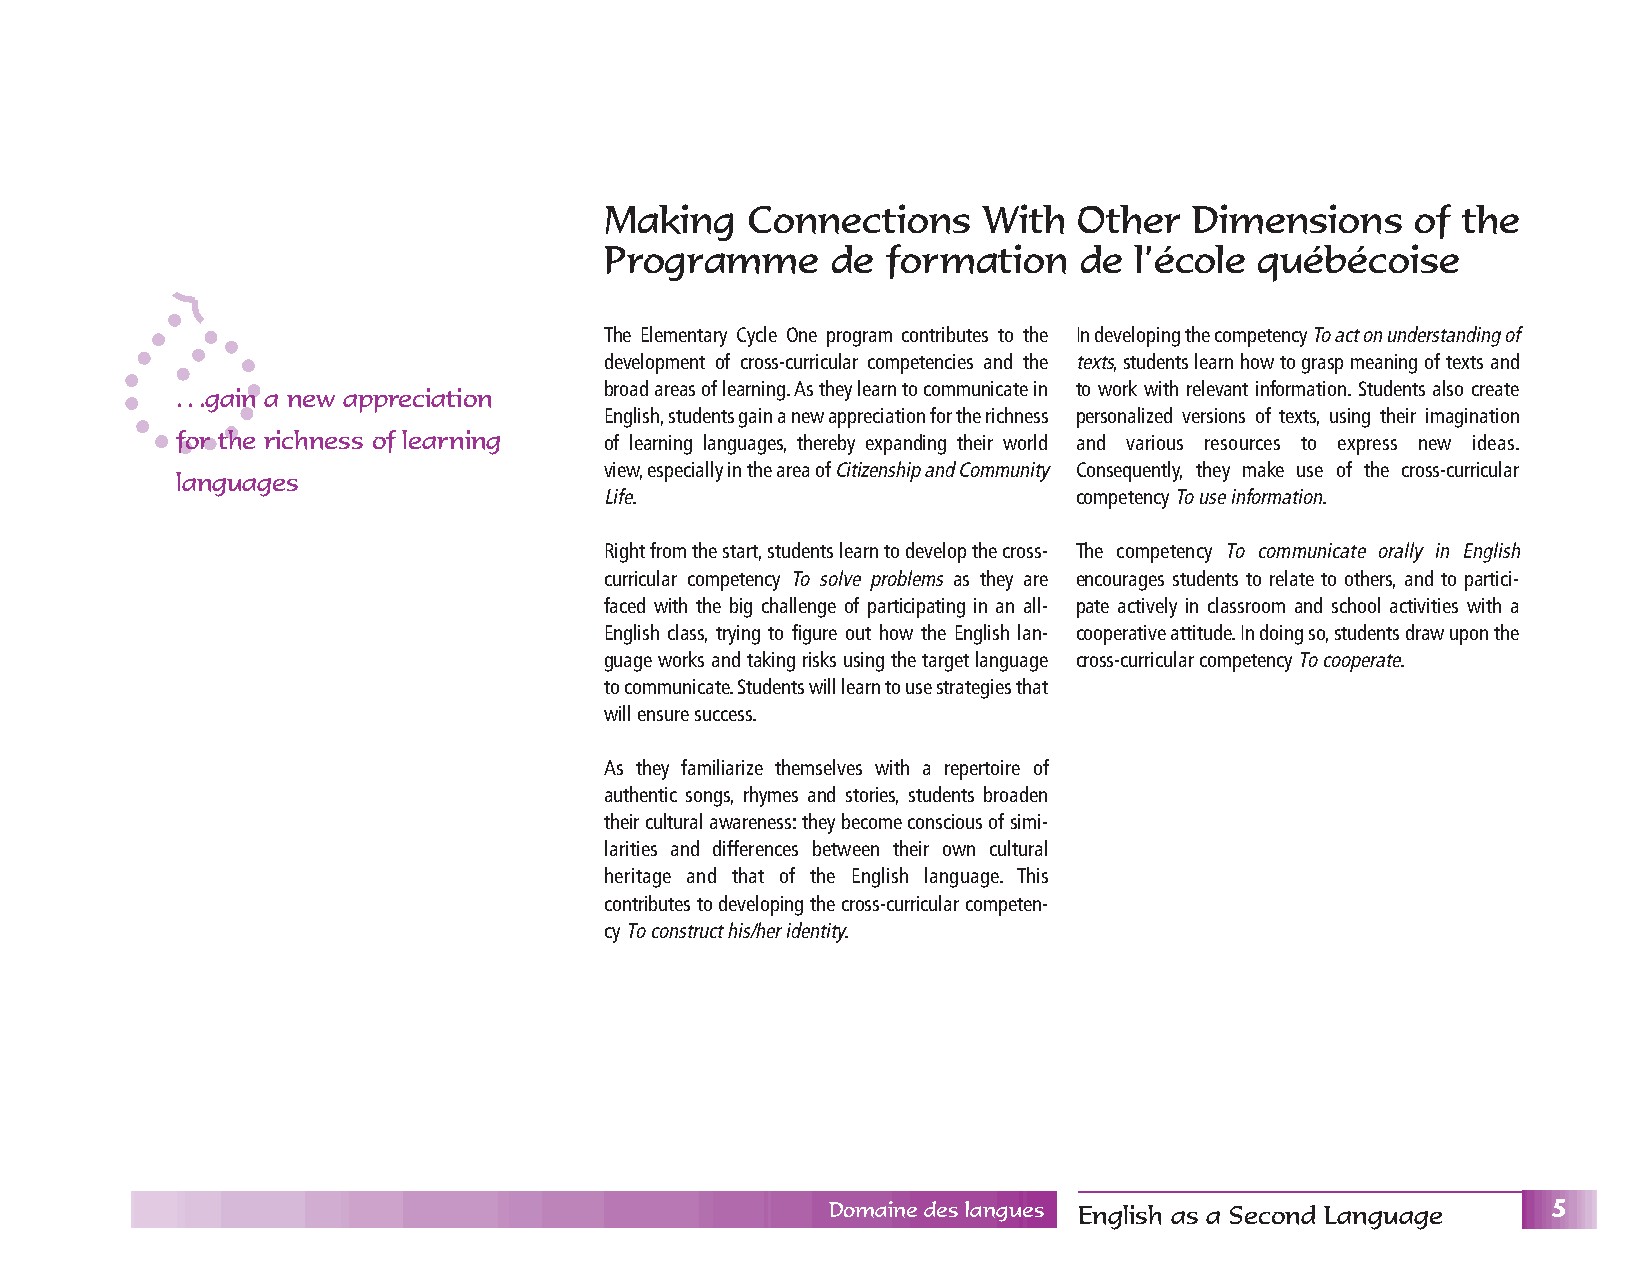
Making   Connections     With  Other   Dimensions     of the
 Programme      de  formation    de l’école québécoise
 The Elementary Cycle One program contributes to the In developing the competency To act on understanding of
 development of cross-curricular competencies and the texts,students learn how to grasp meaning of texts and
 broad areas of learning.As they learn to communicate in to work with relevant information.Students also create
 ...gain a new appreciation
 English,students gain a new appreciation for the richness personalized versions of texts, using their imagination
 for the richness of learning of learning languages, thereby expanding their world and various resources to express new ideas.
 view,especially in the area of Citizenship and Community Consequently, they make use of the cross-curricular
 languages
 Life.                          competency To use information.
 Right from the start,students learn to develop the cross- The competency To communicate orally in English
 curricular competency To solve problems as they are encourages students to relate to others, and to partici-
 faced with the big challenge of participating in an all- pate actively in classroom and school activities with a
 English class, trying to figure out how the English lan- cooperative attitude.In doing so,students draw upon the
 guage works and taking risks using the target language cross-curricular competency To cooperate.
 to communicate.Students will learn to use strategies that
 will ensure success.
 As they familiarize themselves with a repertoire of
 authentic songs, rhymes and stories, students broaden
 their cultural awareness:they become conscious of simi-
 larities and differences between their own cultural
 heritage and that of the English language. This
 contributes to developing the cross-curricular competen-
 cy To construct his/her identity.
 Domaine des langues English as a Second Language 5